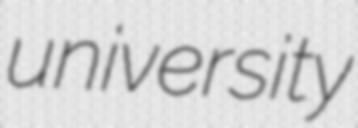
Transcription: university